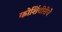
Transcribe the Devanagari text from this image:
कोशिंबीरीचे